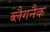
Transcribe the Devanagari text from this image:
ब्लैगनैक